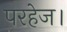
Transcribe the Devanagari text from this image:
परहेज।